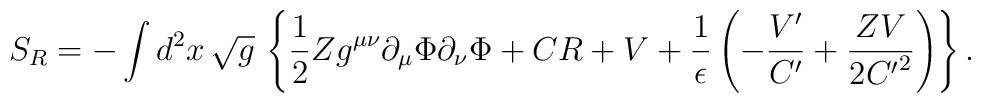
S_R = - \int d^2x\,\sqrt{g}\,\left\{ \frac{1}{2} Zg^{\mu\nu}\partial_\mu \Phi \partial_\nu \Phi + CR +V +\frac{1}{\epsilon}\left( - \frac{V'}{C'} + \frac{ZV}{2{C'}^2} \right) \right\}.